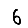
Digit: 6